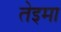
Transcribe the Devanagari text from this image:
तेइमा